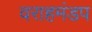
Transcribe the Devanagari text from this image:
वराहमंडप